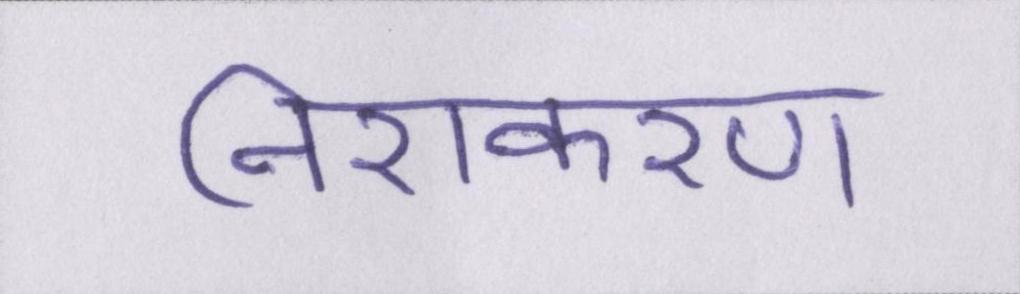
निराकरण